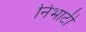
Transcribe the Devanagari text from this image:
निभाटी